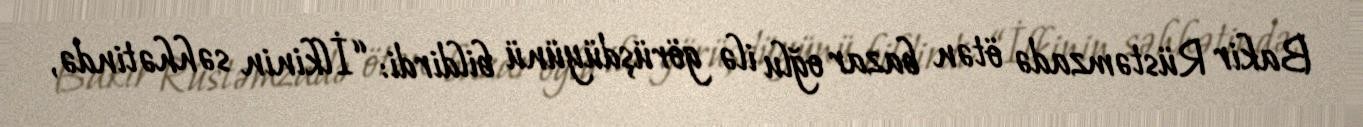
Bakir Rüstəmzadə ötən bazar oğlu ilə görüşdüyünü bildirdi: “İlkinin səhhətində,